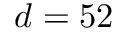
d = 5 2